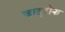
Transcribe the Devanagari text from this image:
जादूटोना